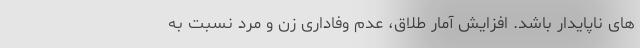
های ناپایدار باشد. افزایش آمار طلاق، عدم وفاداری زن و مرد نسبت به